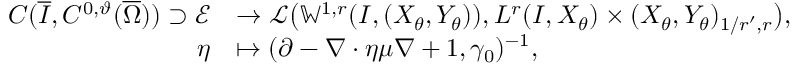
\begin{array} { r l } { C ( \overline { I } , C ^ { 0 , \vartheta } ( \overline { \Omega } ) ) \supset \mathcal { E } } & { \to \mathcal { L } \bigl ( \mathbb { W } ^ { 1 , r } ( I , ( X _ { \theta } , Y _ { \theta } ) ) , L ^ { r } ( I , X _ { \theta } ) \times ( X _ { \theta } , Y _ { \theta } ) _ { 1 / r ^ { \prime } , r } \bigr ) , } \\ { \eta } & { \mapsto ( \partial - \nabla \cdot \eta \mu \nabla + 1 , \gamma _ { 0 } ) ^ { - 1 } , } \end{array}